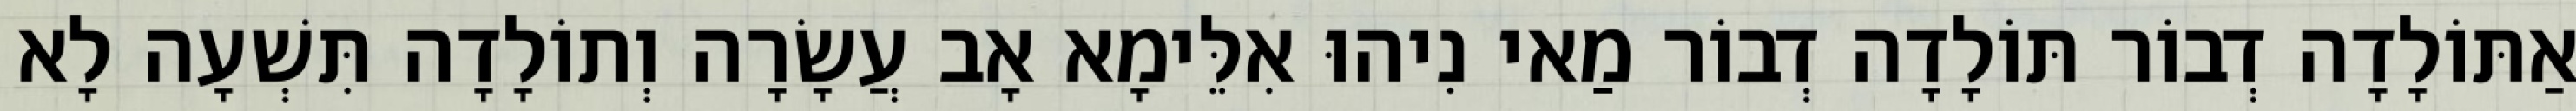
אַתּוֹלָדָה דְבוֹר תּוֹלָדָה דְבוֹר מַאי נִיהוּ אִלֵּימָא אָב עֲשָׂרָה וְתוֹלָדָה תִּשְׁעָה לָא